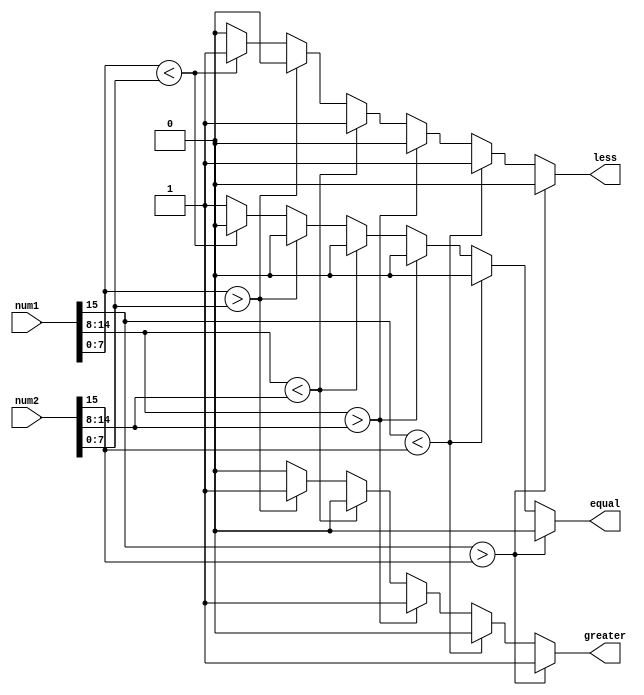
module fixed_point_comparator (
    input signed [N-1:0] num1, // First fixed-point number
    input signed [N-1:0] num2, // Second fixed-point number
    output reg greater, // Output indicating num1 > num2
    output reg less, // Output indicating num1 < num2
    output reg equal // Output indicating num1 = num2
);

parameter N = 16; // Total number of bits for fixed-point numbers
parameter I = 8; // Number of bits for integer part
parameter F = 8; // Number of bits for fractional part

// Extract sign, integer, and fractional parts of num1 and num2
reg sign1, sign2;
reg [I-1:0] int1, int2;
reg [F-1:0] frac1, frac2;

// Sign bit
assign sign1 = num1[N-1];
assign sign2 = num2[N-1];

// Integer and fractional parts
assign int1 = num1[N-2:F];
assign int2 = num2[N-2:F];
assign frac1 = num1[F-1:0];
assign frac2 = num2[F-1:0];

// Compare sign bits
always @* begin
    if (sign1 > sign2) begin
        greater = 1;
        less = 0;
        equal = 0;
    end else if (sign1 < sign2) begin
        greater = 0;
        less = 1;
        equal = 0;
    end else begin
        // Compare integer parts
        if (int1 > int2) begin
            greater = 1;
            less = 0;
            equal = 0;
        end else if (int1 < int2) begin
            greater = 0;
            less = 1;
            equal = 0;
        end else begin
            // Compare fractional parts
            if (frac1 > frac2) begin
                greater = 1;
                less = 0;
                equal = 0;
            end else if (frac1 < frac2) begin
                greater = 0;
                less = 1;
                equal = 0;
            end else begin
                // Numbers are equal
                greater = 0;
                less = 0;
                equal = 1;
            end
        end
    end
end

endmodule